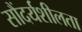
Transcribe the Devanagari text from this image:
सौंदर्यशीलता